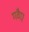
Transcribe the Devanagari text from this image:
गवैए